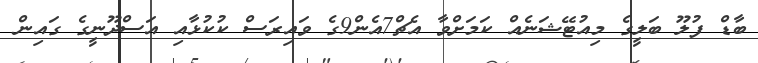
ބާޑް ފުލޫ ބަލީގެ މިއުޓޭޝަނެއް ކަމަށްވާ އެޗް7އެން9ގެ ވައިރަސް ކުކުޅާއި އަސްދޫނީގެ ގައިން